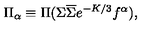
\Pi _ { \alpha } \equiv \Pi ( \Sigma \overline { { \Sigma } } e ^ { - K / 3 } f ^ { \alpha } ) ,